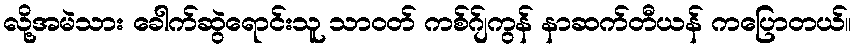
လို့အမဲသား ခေါက်ဆွဲရောင်းသူ သာဝတ် ကစ်ဂ်ျကွန် နာဆက်တီယန် ကပြောတယ်။